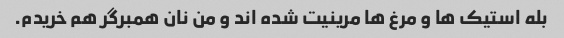
بله استیک ها و مرغ ها مرینیت شده اند و من نان همبرگر هم خریدم.